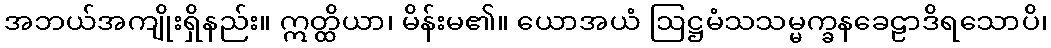
အဘယ်အကျိုးရှိနည်း။ ဣတ္ထိယာ၊ မိန်းမ၏။ ယောအယံ ဩဋ္ဌမံသသမ္မက္ခနခေဠာဒိရသောပိ၊